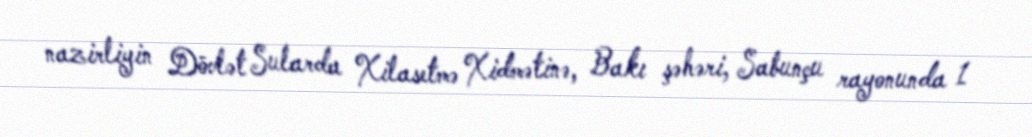
nazirliyin Dövlət Sularda Xilasetmə Xidmətinə, Bakı şəhəri, Sabunçu rayonunda 1